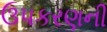
ઉપકરણની